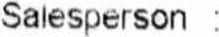
SALESPERSON :